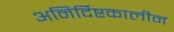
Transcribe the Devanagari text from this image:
अनिर्दिष्टकालीन